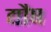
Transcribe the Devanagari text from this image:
द्यौष